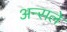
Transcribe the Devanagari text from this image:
अन्सले